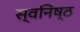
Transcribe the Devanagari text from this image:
स्वनिष्ठ